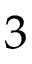
3